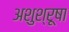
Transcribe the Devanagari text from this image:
अशुश्रूषा